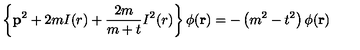
\left\{ { \bf p } ^ { 2 } + 2 m I ( r ) + \frac { 2 m } { m + t } I ^ { 2 } ( r ) \right\} \phi ( { \bf r } ) = - \left( m ^ { 2 } - t ^ { 2 } \right) \phi ( { \bf r } )